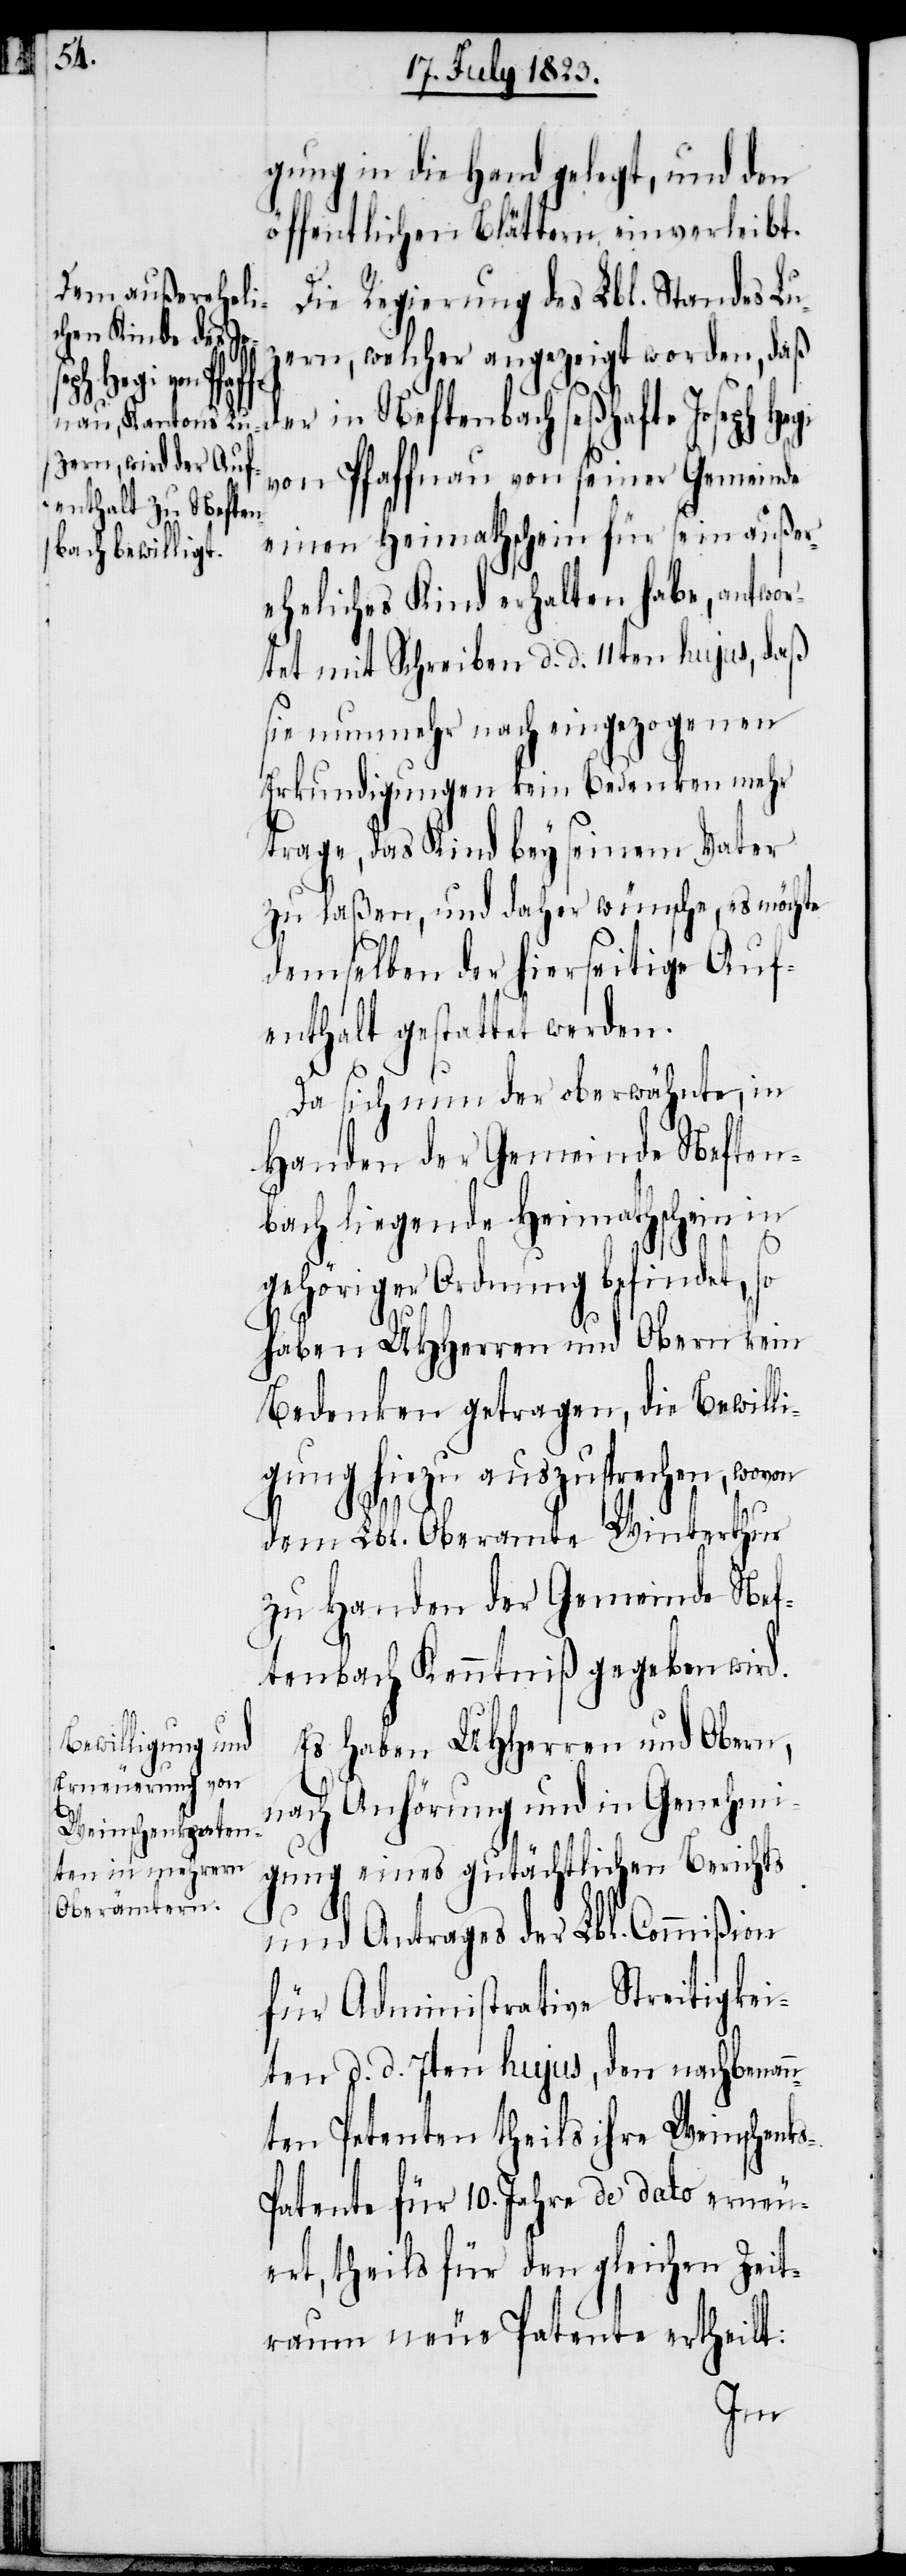
gung in die Hand gelegt, und den
öffentlichen Blättern einverleibt.
Die Regierung des Lbl. Standes Lu¬
zern, welcher angezeigt worden, daß
er in Neftenbach seßhafte Joseph
von Pfaffnau von seiner Gemeinde
einen Heimathschein für sein außer¬
eheliches Kind erhalten habe, antwor¬
tet mit Schreiben d. d. 11ten hujus, daß
sie nunmehr nach eingezogenen
Erkundigungen kein Bedenken mehr
trage, das Kind bey seinem Vater
zu laßen, und daher wünsche, es möchte
demselben der hierseitige Auf¬
enthalt gestattet werden.
Da sich nun der oberwähnte, in
Handen der Gemeinde Neften¬
bach liegende Heimathschein in
s-P¬
gehöriger Ordnung befindet, so
haben UHHerren und Obern kein
Bedenken getragen, die Bewill¬
igung hiezu auszusprechen, wovon
dem Lbl. Oberamte Winterthur
zu Handen der Gemeinde Nef¬
tenbach Kenntniß gegeben wird.
Es haben UHHerren und Obern,
nach Anhörung und in Genehmi¬
gung eines gutächtlichen Berichts
und Antrages der Lbl. Commißion
für Administrative Streitigkei¬
ten d. d. 7ten hujus, den nachbenan¬
nten Petenten theils ihre Weinschenk¬
atente für 10. Jahre de dato erneu¬
ert, theils für den gleichen Zeit¬
raum neue Patente ertheilt:
d¬